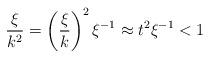
LaTeX: \begin{align*} \frac{\xi}{k^2} = \left(\frac{\xi}{k}\right)^2 \xi^{-1} \approx t^2 \xi^{-1}<1\end{align*}